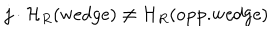
LaTeX: j \cdot { \cal H } _ { R } ( \mathrm { w e d g e } ) \not = { \cal H } _ { R } ( \mathrm { o p p . w e d g e } )